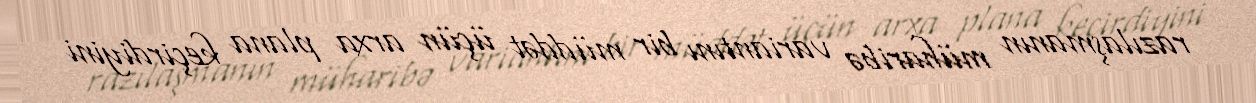
razılaşmanın müharibə variantını bir müddət üçün arxa plana keçirdiyini